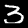
Digit: 3